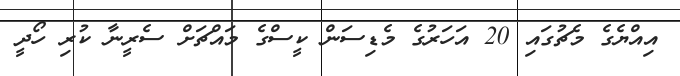
އިއްޔެގެ މެޗުގައި 20 އަހަރުގެ މެޑިސަން ކީސްގެ މައްޗަށް ސެރީނާ ކުރި ހޯދީ